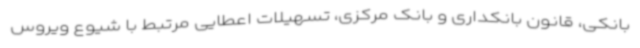
بانکی، قانون بانکداری و بانک مرکزی، تسهیلات اعطایی مرتبط با شیوع ویروس